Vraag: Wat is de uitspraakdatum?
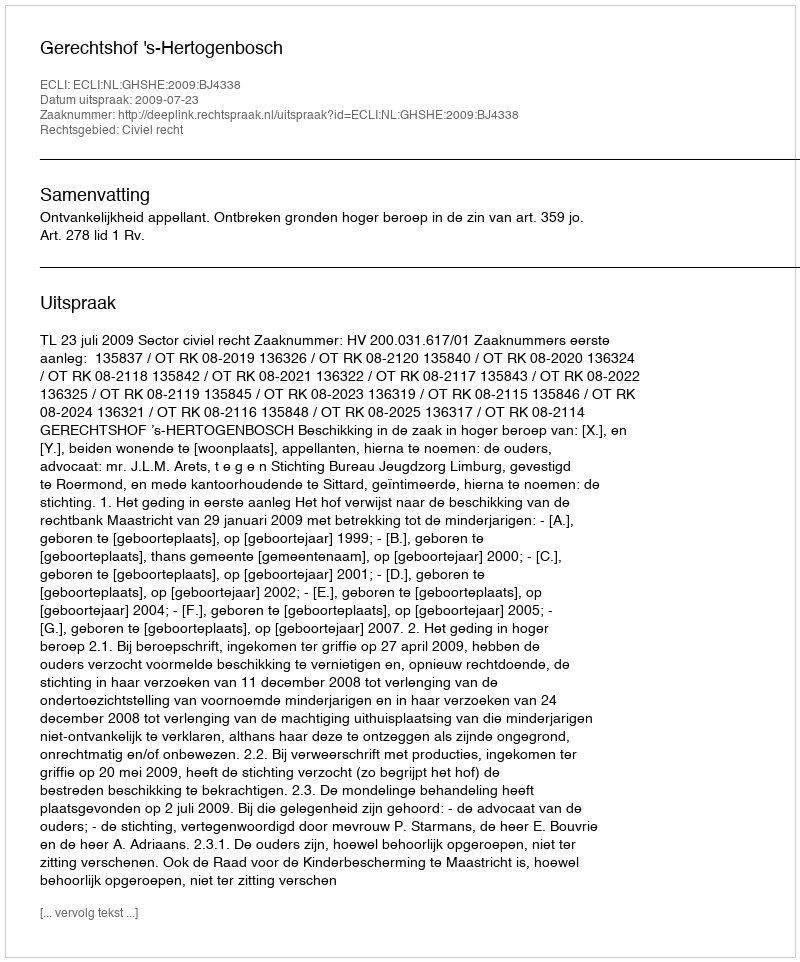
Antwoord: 2009-07-23